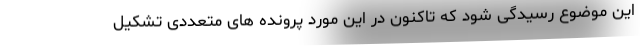
این موضوع رسیدگی شود که تاکنون در این مورد پرونده های متعددی تشکیل